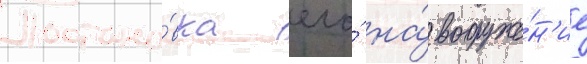
Постано́вка его́ на́ вооруже́н'ие